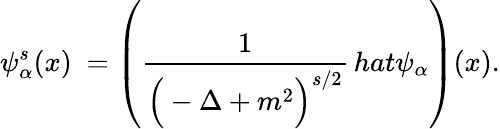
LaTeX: \psi_{\alpha}^{s}(x)\ =\left({\frac{1}{\Big(-\Delta+m^{2}\Big)^{s/2}}}\, hat{\psi}_{\alpha}\right)(x).